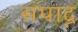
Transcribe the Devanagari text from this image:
संपाद्न